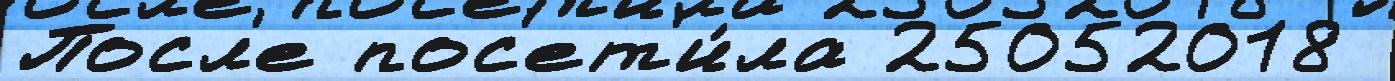
Посл'е пос'ет'и́ла 25052018